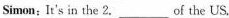
Simon：It's in the 2.___Of the US.